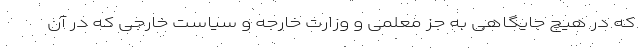
که در هیچ جایگاهی به جز معلمی و وزارت خارجه و سیاست خارجی که در آن